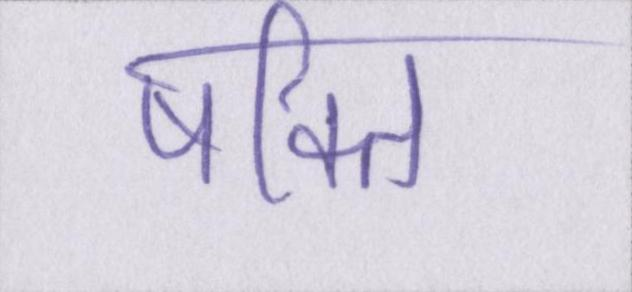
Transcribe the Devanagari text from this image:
षक्ति